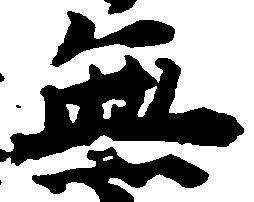
無